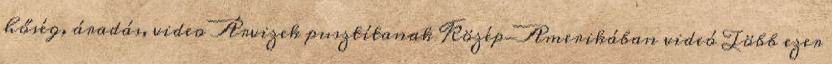
hőség, áradás, video Árvizek pusztítanak Közép-Amerikában videó Több ezer